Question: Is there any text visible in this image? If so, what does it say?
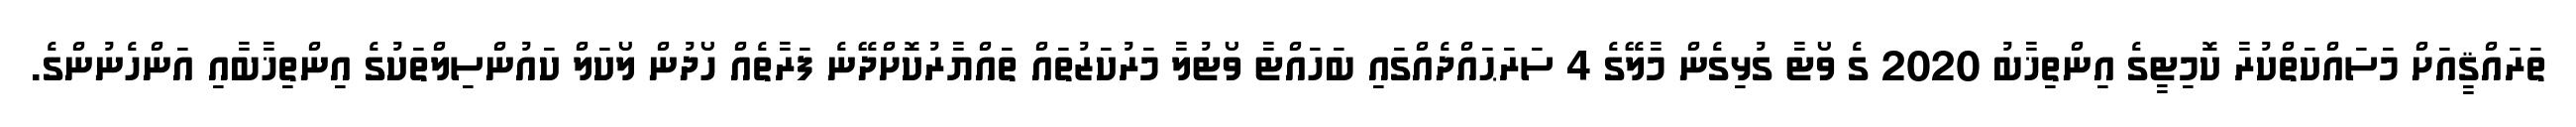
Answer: ތަރައްޤީއަށް މަސައްކަތްކުރާ ކޮމިޓީގެ އިންތިޚާބު 2020 ގެ ވޯޓާ ގުޅިގެން މާލޭގެ 4 ސަރަޙައްދެއްގައި ބަހައްޓާ ވޯޓުލާ މަރުކަޒުތައް ތައްޔާރުކޮށްދޭނެ ފަރާތެއް ހޯދުން ލޯކަލް ކައުންސިލްތަކުގެ އިންތިޚާބާއި އަންހެނުންގެ.